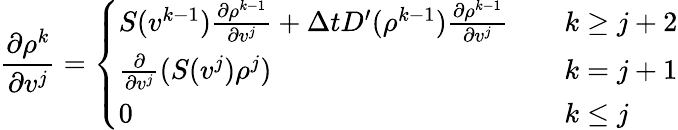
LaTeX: \frac{\partial\rho^{k}}{\partial v^{j}}=\left\{ \begin{array}{ll}{S(v^{k-1})\frac{\partial\rho^{k-1}}{\partial v^{j}}+\Delta tD^{\prime}(\rho^{k-1})\frac{\partial\rho^{k-1}}{\partial v^{j}}}&{\quad k\ge j+2}\\ {\frac{\partial}{\partial v^{j}}(S(v^{j})\rho^{j})}&{\quad k=j+1}\\ {0}&{\quad k\le j}\end{array}\right.